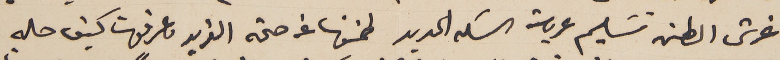
غرش الطن تسَليم عربة السكه الحديد طمنونا عن صحة الفريد وعرفونا كيف حاله